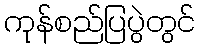
ကုန်စည်ပြပွဲတွင်